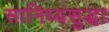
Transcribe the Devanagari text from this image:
सानिध्यसुद्धा